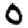
Digit: 0